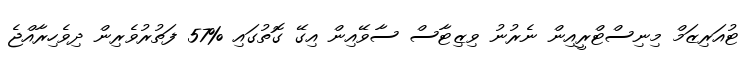
ޓުއަރިޒަމް މިނިސްޓްރީއިން ނެރުނު ވިޒިޓާސް ސާވޭއިން އިގޭ ގޮތުގައި %57 ފަތުރުވެރިން ދިވެހިރާއްޖެ